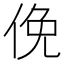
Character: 俛